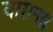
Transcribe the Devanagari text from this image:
वारानस